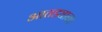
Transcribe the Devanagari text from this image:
आतड्याना